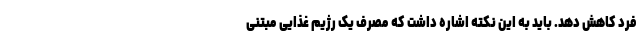
فرد کاهش دهد. باید به این نکته اشاره داشت که مصرف یک رژیم غذایی مبتنی